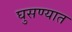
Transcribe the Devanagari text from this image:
घुसण्यात